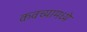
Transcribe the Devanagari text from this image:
कवच्यामध्ये